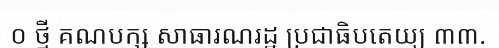
០ ថ្មី គណបក្ស សាធារណរដ្ឋ ប្រជាធិបតេយ្យ ៣៣.